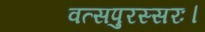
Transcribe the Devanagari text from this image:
वत्सपुरस्सरः।